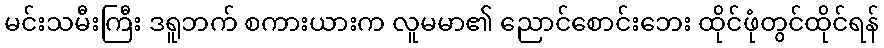
မင်းသမီးကြီး ဒရူဘက် စကားယားက လူမမာ၏ ညောင်စောင်းဘေး ထိုင်ဖုံတွင်ထိုင်ရန်